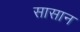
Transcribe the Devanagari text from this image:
सासान